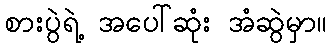
စားပွဲရဲ့ အပေါ်ဆုံး အံဆွဲမှာ။